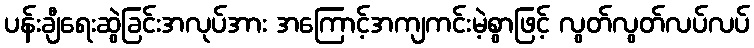
ပန်းချီရေးဆွဲခြင်းအလုပ်အား အကြောင့်အကျကင်းမဲ့စွာဖြင့် လွတ်လွတ်လပ်လပ်